Insane asylums in Bengal annual reports 1867-1875 - 1867-1875
Year: 1867
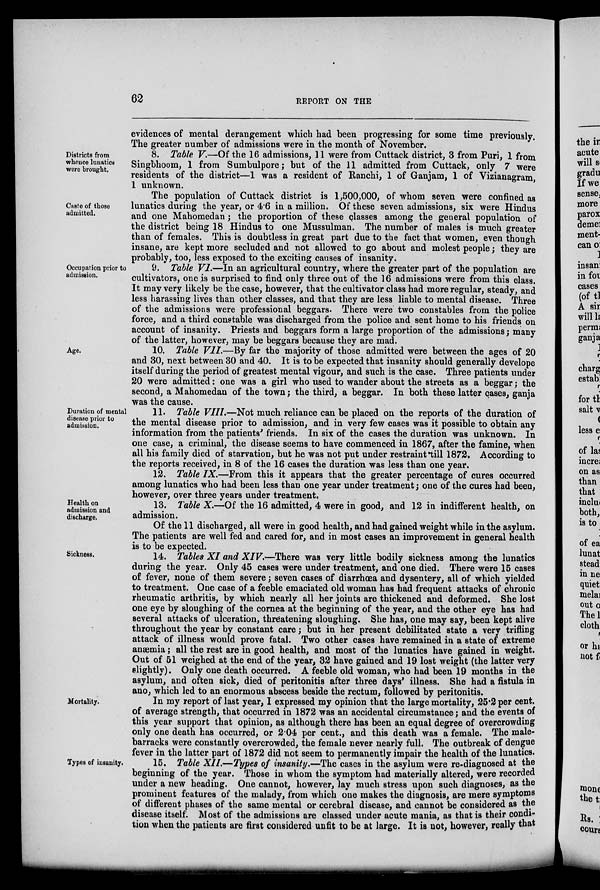
62
REPORT ON THE
evidences of mental derangement which had been progressing for some time previously.
The greater number of admissions were in the month of November.
Districts
from
whence
lunatics
were brought.
8. Table V.—Of the 16 admissions, 11 were from Cuttack district, 3 from Puri, 1 from
Singbhoom, 1 from Sumbulpore; but of the 11 admitted from Cuttack, only 7 were
residents of the district—1 was a resident of Ranchi, 1 of Ganjam, 1 of Vizianagram,
1 unknown.
Caste of those
admitted.
The population of Cuttack district is 1,500,000, of whom seven were confined as
lunatics during the year, or 4.6 in a million. Of these seven admissions, six were Hindus
and one Mahomedan; the proportion of these classes among the general population of
the district being 18 Hindus to one Mussulman. The number of males is much greater
than of females. This is doubtless in great part due to the fact that women, even though
insane, are kept more secluded and not allowed to go about and molest people; they are
probably, too, less exposed to the exciting causes of insanity.
Occupation prior to
admission.
9. Table VI.—In an agricultural country, where the greater part of the population are
cultivators, one is surprised to find only three out of the 16 admissions were from this class.
It may very likely be the case, however, that the cultivator class had more regular, steady, and
less harassing lives than other classes, and that they are less liable to mental disease. Three
of the admissions were professional beggars. There were two constables from the police
force, and a third constable was discharged from the police and sent home to his friends on
account of insanity. Priests and beggars form a large proportion of the admissions; many
of the latter, however, may be beggars because they are mad.
Age.
10. Table VII.—By far the majority of those admitted were between the ages of 20
and 30, next between 30 and 40. It is to be expected that insanity should generally develope
itself during the period of greatest mental vigour, and such is the case. Three patients under
20 were admitted: one was a girl who used to wander about the streets as a beggar; the
second, a Mahomedan of the town; the third, a beggar. In both these latter cases, ganja
was the cause.
Duration of mental
disease prior to
admission.
11. Table VIII.—Not much reliance can be placed on the reports of the duration of
the mental disease prior to admission, and in very few cases was it possible to obtain any
information from the patients' friends. In six of the cases the duration was unknown. In
one case, a criminal, the disease seems to have commenced in 1867, after the famine, when
all his family died of starvation, but he was not put under restraint till 1872. According to
the reports received, in 8 of the 16 cases the duration was less than one year.
12. Table IX.—From this it appears that the greater percentage of cures occurred
among lunatics who had been less than one year under treatment; one of the cures had been,
however, over three years under treatment.
Health
on
admission
and
discharge.
13. Table X.—Of the 16 admitted, 4 were in good, and 12 in indifferent health, on
admission.
Of the 11 discharged, all were in good health, and had gained weight while in the asylum.
The patients are well fed and cared for, and in most cases an improvement in general health
is to be expected.
Sickness.
14. Tables XI and XIV.-—There was very little bodily sickness among the lunatics
during the year. Only 45 cases were under treatment, and one died. There were 15 cases
of fever, none of them severe; seven cases of diarrhœa and dysentery, all of which yielded
to treatment. One case of a feeble emaciated old woman has had frequent attacks of chronic
rheumatic arthritis, by which nearly all her joints are thickened and deformed. She lost
one eye by sloughing of the cornea at the beginning of the year, and the other eye has had
several attacks of ulceration, threatening sloughing. She has, one may say, been kept alive
throughout the year by constant care; but in her present debilitated state a very trifling
attack of illness would prove fatal. Two other cases have remained in a state of extreme
anæmia; all the rest are in good health, and most of the lunatics have gained in weight.
Out of 51 weighed at the end of the year, 32 have gained and 19 lost weight (the latter very
slightly). Only one death occurred. A feeble old woman, who had been 19 months in the
asylum, and often sick, died of peritonitis after three days' illness. She had a fistula in
ano, which led to an enormous abscess beside the rectum, followed by peritonitis.
Mortality.
In my report of last year, I expressed my opinion that the large mortality, 25.2 per cent.
of average strength, that occurred in 1872 was an accidental circumstance; and the events of
this year support that opinion, as although there has been an equal degree of overcrowding
only one death has occurred, or 204 per cent., and this death was a female. The male-
barracks were constantly overcrowded, the female never nearly full. The outbreak of dengue
fever in the latter part of 1872 did not seem to permanently impair the health of the lunatics.
Types of insanity.
15. Table XII—Types of insanity.—The cases in the asylum were re-diagnosed at the
beginning of the year. Those in whom the symptom had materially altered, were recorded
under a new heading. One cannot, however, lay much stress upon such diagnoses, as the
prominent features of the malady, from which one makes the diagnosis, are mere symptoms
of different phases of the same mental or cerebral disease, and cannot be considered as the
disease itself. Most of the admissions are classed under acute mania, as that is their condi-
tion when the patients are first considered unfit to be at large. It is not, however, really that